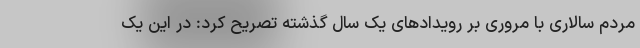
مردم سالاری با مروری بر رویدادهای یک سال گذشته تصریح کرد: در این یک